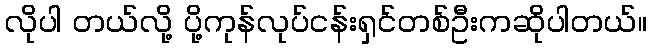
လိုပါ တယ်လို့ ပို့ကုန်လုပ်ငန်းရှင်တစ်ဦးကဆိုပါတယ်။